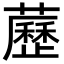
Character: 藶